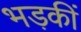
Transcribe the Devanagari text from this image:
भड़कीं